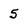
Character: 5